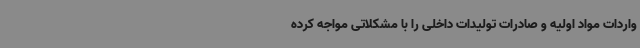
واردات مواد اولیه و صادرات تولیدات داخلی را با مشکلاتی مواجه کرده